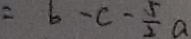
= b - c - \frac { 5 } { 2 } a